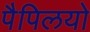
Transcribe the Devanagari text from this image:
पैपिलयो